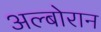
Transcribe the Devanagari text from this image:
अल्बोरान